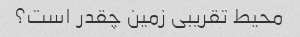
محیط تقریبی زمین چقدر است؟